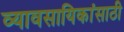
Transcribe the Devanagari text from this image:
व्यावसायिकांसाठी